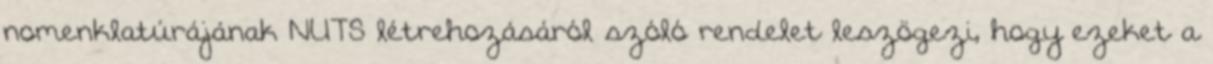
nomenklatúrájának NUTS létrehozásáról szóló rendelet leszögezi, hogy ezeket a